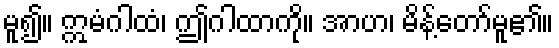
မူ၍။ ဣမံဂါထံ၊ ဤဂါထာကို။ အာဟ၊ မိန့်တော်မူ၏။